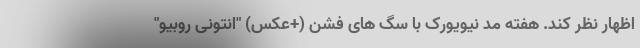
اظهار نظر کند. هفته مد نیویورک با سگ های فشن (+عکس) "انتونی روبیو"